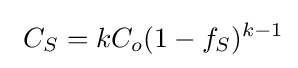
\ C_{S}=kC_{o}(1-f_{S})^{k-1}